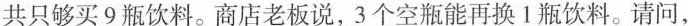
共只够买9瓶饮料。商店老板说，3个空瓶能再换1瓶饮料。请问，